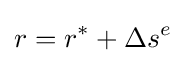
r=r^{*}+\Delta s^{e}